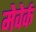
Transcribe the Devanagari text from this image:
मेवेर्क